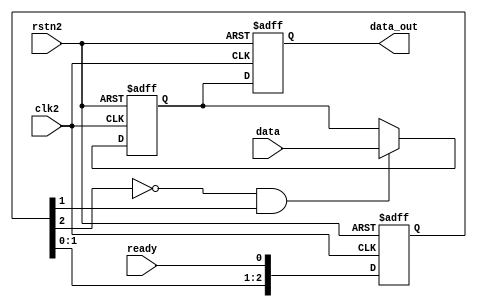
// This program was cloned from: https://github.com/huangxc6/verilog_practice
// License: MIT License

module ready_sync #(
    parameter DATA_WIDTH = 8
) (
    // input  wire clk1,
    // input  wire rstn1,
    input  wire clk2,
    input  wire rstn2,
    input  wire ready,
    input  wire [DATA_WIDTH-1:0] data,
    output reg [DATA_WIDTH-1:0] data_out
);  

    // Synchronize ready signal
    reg [2:0]ready_sync;
    always @(posedge clk2 or negedge rstn2) begin
        if (~rstn2) begin
            ready_sync <= 3'b000;
        end else begin
            ready_sync <= {ready_sync[1:0], ready};
        end
    end

    // dout enable
    wire dout_en;
    assign dout_en = ~ready_sync[2] & ready_sync[1]; // rising edge

    // Synchronize data
    reg [DATA_WIDTH-1:0] data_sync;
    always @(posedge clk2 or negedge rstn2) begin
        if (~rstn2) begin
            data_sync <= {DATA_WIDTH{1'b0}};
        end else begin
            if (dout_en) begin
                data_sync <= data;
            end else
                data_sync <= data_sync;
        end
    end

    // data_out
    always @(posedge clk2 or negedge rstn2) begin
        if (~rstn2) begin
            data_out <= {DATA_WIDTH{1'b0}};
        end else begin
            data_out <= data_sync;
        end
    end  
    
endmodule